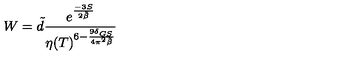
W = \tilde { d } \frac { e ^ { \frac { - 3 S } { 2 \tilde { \beta } } } } { \eta ( T ) ^ { 6 - \frac { 9 \delta _ { G S } } { 4 \pi ^ { 2 } \tilde { \beta } } } }